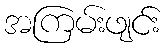
အကြမ်းဖျင်း